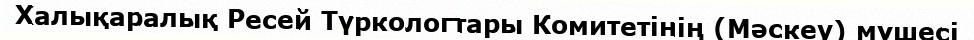
Халықаралық Ресей Түркологтары Комитетінің (Мәскеу) мүшесі